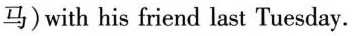
马)with his friend last Tuesday.